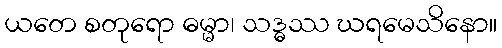
ယတေ စတုရော ဓမ္မာ၊ သဒ္ဓဿ ဃရမေသိနော။